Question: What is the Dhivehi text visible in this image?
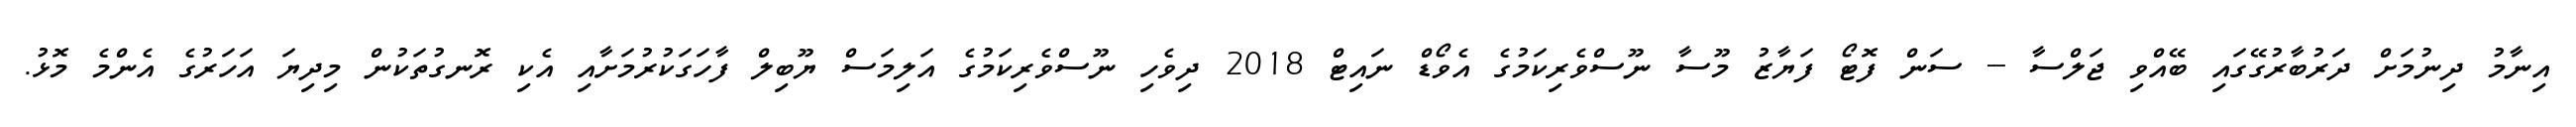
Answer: އިނާމު ދިނުމަށް ދަރުބާރުގޭގައި ބޭއްވި ޖަލްސާ -- ސަން ފޮޓޯ ފަޔާޒު މޫސާ ނޫސްވެރިކަމުގެ އެވޯޑް ނައިޓް 2018 ދިވެހި ނޫސްވެރިކަމުގެ އަލިމަސް ޔޫބިލް ފާހަގަކުރުމަށާއި އެކި ރޮނގުތަކުން މިދިޔަ އަހަރުގެ އެންމެ މޮޅު.